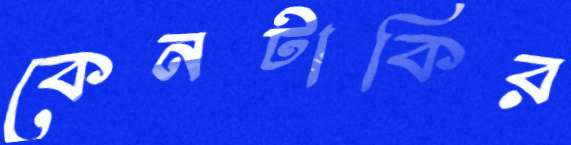
কেনটাকির